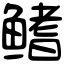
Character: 鳍